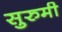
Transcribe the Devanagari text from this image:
सुरुमी